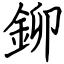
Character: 鉚